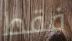
فقط